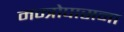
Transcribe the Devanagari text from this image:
मन्त्रोपासना